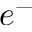
e ^ { - }